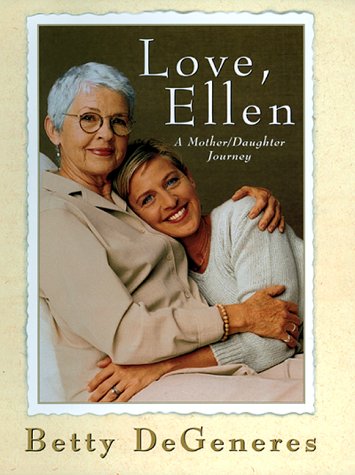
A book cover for Love, Ellen: A Mother/Daughter Journey; Betty DeGeneres; Gay & Lesbian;